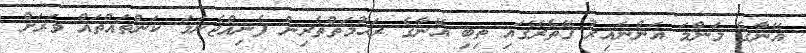
އޭނާގެ މަންމަ އަންނައިރު ގޭތެރޭގައި ތިބި އޭނާގެ ރަޙުމަތްތެރިން ފެނިއްޖެނަމަ ކަންތައްތައް ވަރަށް